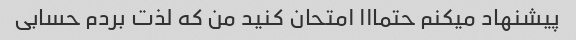
پیشنهاد میکنم حتمااا امتحان کنید من که لذت بردم حسابی